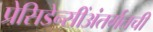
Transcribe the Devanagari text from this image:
प्रेसिडेन्सींअंतर्गतची